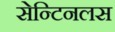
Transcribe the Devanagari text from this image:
सेन्टिनलस